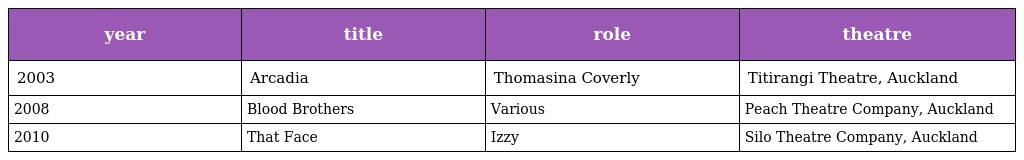
| year | title | role | theatre |
 | --- | --- | --- | --- |
 | 2003 | Arcadia | Thomasina Coverly | Titirangi Theatre, Auckland |
 | 2008 | Blood Brothers | Various | Peach Theatre Company, Auckland |
 | 2010 | That Face | Izzy | Silo Theatre Company, Auckland |